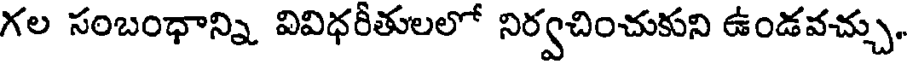
గల సంబంధాన్ని వివిధరీతులలో నిర్వచించుకుని ఉండవచ్చు.